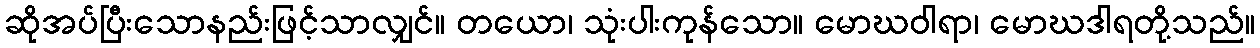
ဆိုအပ်ပြီးသောနည်းဖြင့်သာလျှင်။ တယော၊ သုံးပါးကုန်သော။ မောဃဝါရာ၊ မောဃဒါရတို့သည်။